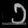
Digit: ၁